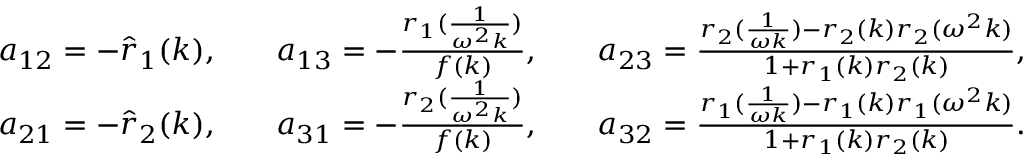
\begin{array} { r l r l r l } & { a _ { 1 2 } = - \hat { r } _ { 1 } ( k ) , } & & { a _ { 1 3 } = - \frac { r _ { 1 } ( \frac { 1 } { \omega ^ { 2 } k } ) } { f ( k ) } , } & & { a _ { 2 3 } = \frac { r _ { 2 } ( \frac { 1 } { \omega k } ) - r _ { 2 } ( k ) r _ { 2 } ( \omega ^ { 2 } k ) } { 1 + r _ { 1 } ( k ) r _ { 2 } ( k ) } , } \\ & { a _ { 2 1 } = - \hat { r } _ { 2 } ( k ) , } & & { a _ { 3 1 } = - \frac { r _ { 2 } ( \frac { 1 } { \omega ^ { 2 } k } ) } { f ( k ) } , } & & { a _ { 3 2 } = \frac { r _ { 1 } ( \frac { 1 } { \omega k } ) - r _ { 1 } ( k ) r _ { 1 } ( \omega ^ { 2 } k ) } { 1 + r _ { 1 } ( k ) r _ { 2 } ( k ) } . } \end{array}